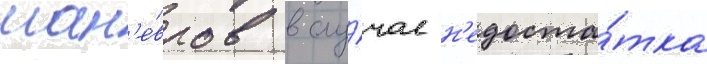
ман'е́вров в слу́чае н'едоста́тка